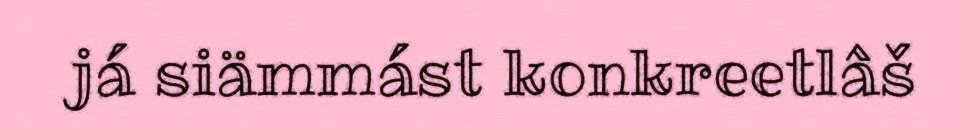
já siämmást konkreetlâš